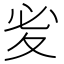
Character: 𭐡